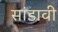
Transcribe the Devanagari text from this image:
सांडावी